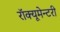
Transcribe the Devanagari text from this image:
रॉक्यूमेन्टरी